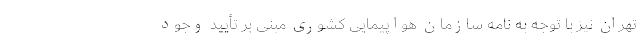
تهران نیز با توجه به نامه سازمان هواپیمایی کشوری مبنی بر تأیید وجود